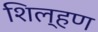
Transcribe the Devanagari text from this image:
शिल्हण